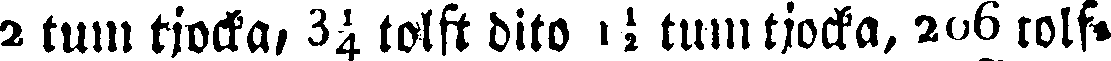
2 tum tjocka, 3¼ tolft dito 1½ tum tjocka, 206 tolf-